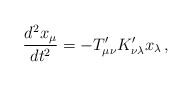
\begin{align*}{d^2 x_\mu\over dt^2} = - T'_{\mu\nu} K'_{\nu\lambda} x_\lambda\,,\end{align*}